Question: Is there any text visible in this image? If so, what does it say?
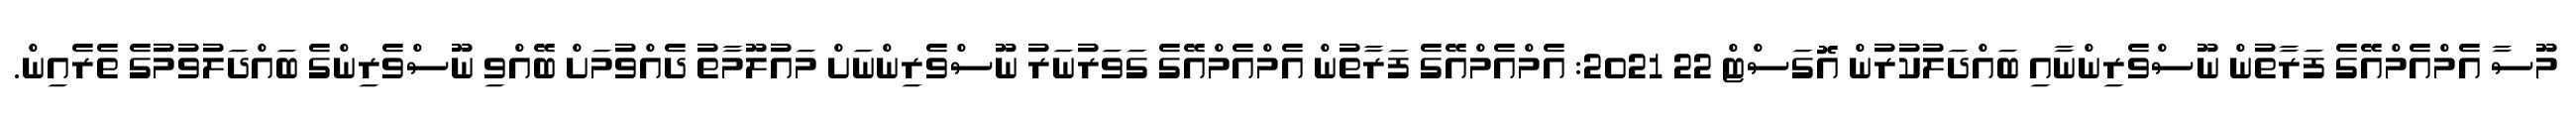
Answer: މޫސާ އެމްއެމްއޭގެ ފަރާތުން ނޫސްވެރިންނާއި ބައްދަލުކުރުން އޮގަސްޓް 22 2021: އެމްއެމްއޭގެ ފަރާތުން އެމްއެމްއޭގެ ގަވަރުނަރު ނޫސްވެރިންނަށް މައުލޫމާތު ދެއްވުމަށް ބޭއްވި ނޫސްވެރިންގެ ބައްދަލުވުމުގެ ތެރެއިން.